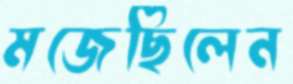
মজেছিলেন